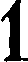
1